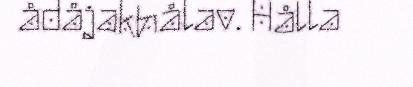
ådåjakhålav. Hålla